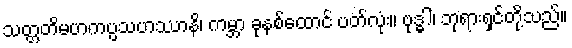
သတ္တတိမဟကပ္ပသဟဿာနိ၊ ကမ္ဘာ ခုနစ်ထောင် ပတ်လုံး။ ဗုဒ္ဓါ၊ ဘုရားရှင်တို့သည်။